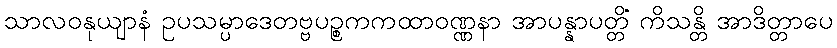
သာလဝနုယျာနံ ဥပသမ္ပာဒေတဗ္ဗပဉ္စကကထာဝဏ္ဏနာ အာပန္နာပတ္တိံ ကိသန္တိ အာဒိတ္တာပေ